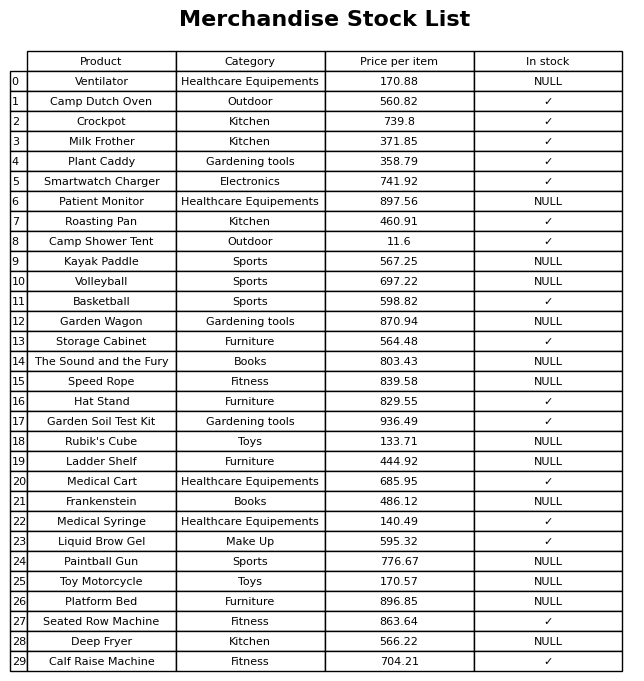
question: What is the price for Hat Stand?
answer: The price of Hat Stand is 829.55.